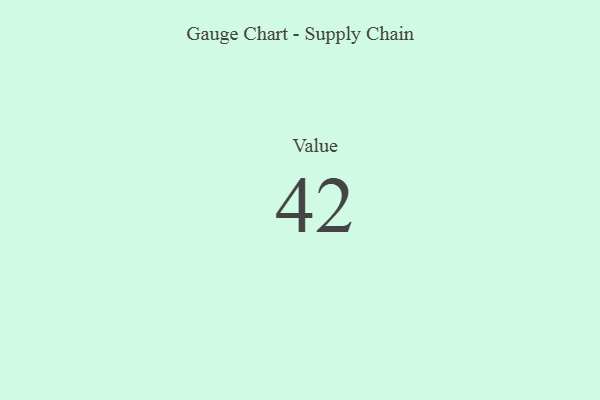
{"axis": {"x": "Metric", "y": "Value"}, "legend": [""], "data": [{"x": "Value", "y": 42, "type": ""}]}